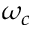
\omega _ { c }